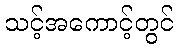
သင့်အကောင့်တွင်